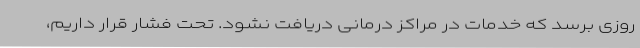
روزی برسد که خدمات در مراکز درمانی دریافت نشود. تحت فشار قرار داریم،